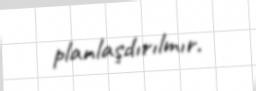
planlaşdırılmır.